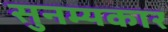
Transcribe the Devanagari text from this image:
सुनम्यकार